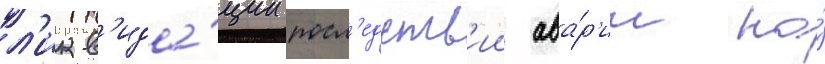
л'икв'ида́ции посл'едств'ии ава́р'ии на́